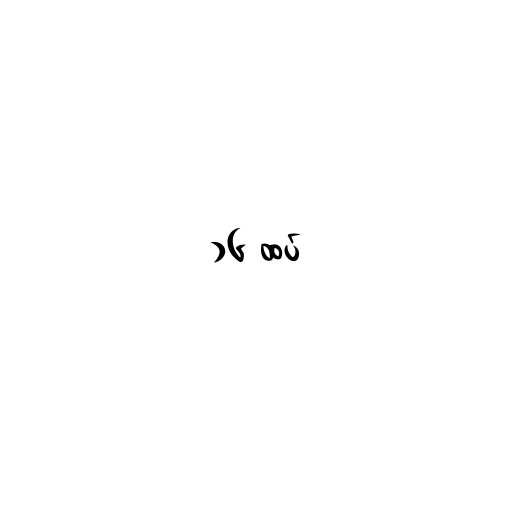
၁၆ ထပ်